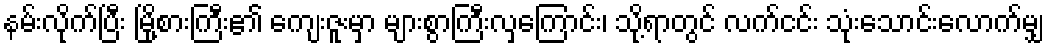
နမ်းလိုက်ပြီး မြို့စားကြီး၏ ကျေးဇူးမှာ များစွာကြီးလှကြောင်း၊ သို့ရာတွင် လက်ငင်း သုံးသောင်းလောက်မျှ